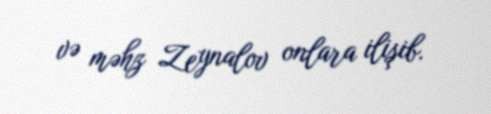
və məhz Zeynalov onlara ilişib.